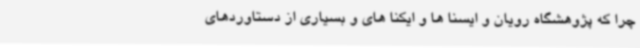
چرا که پژوهشگاه رویان و ایسنا ها و ایکنا های و بسیاری از دستاوردهای